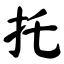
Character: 托